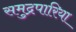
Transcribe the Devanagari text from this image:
समुद्रपारिया